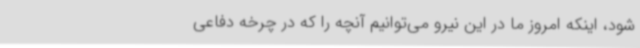
شود، اینکه امروز ما در این نیرو می‌توانیم آنچه را که در چرخه دفاعی